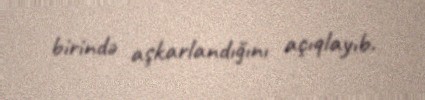
birində aşkarlandığını açıqlayıb.